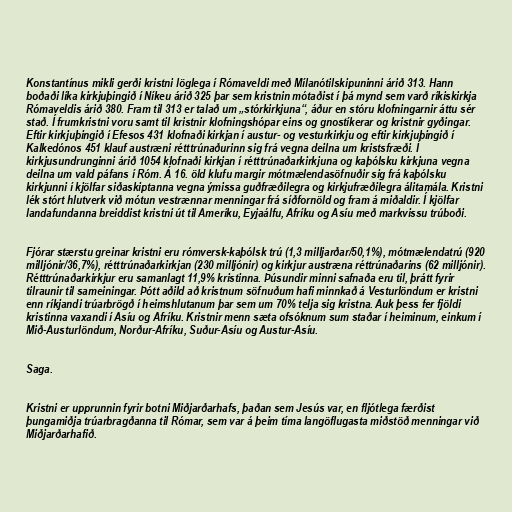
Konstantínus mikli gerði kristni löglega í Rómaveldi með Mílanótilskipuninni árið 313. Hann
boðaði líka kirkjuþingið í Níkeu árið 325 þar sem kristnin mótaðist í þá mynd sem varð ríkiskirkja
Rómaveldis árið 380. Fram til 313 er talað um „stórkirkjuna“, áður en stóru klofningarnir áttu sér
stað. Í frumkristni voru samt til kristnir klofningshópar eins og gnostíkerar og kristnir gyðingar.
Eftir kirkjuþingið í Efesos 431 klofnaði kirkjan í austur- og vesturkirkju og eftir kirkjuþingið í
Kalkedónos 451 klauf austræni rétttrúnaðurinn sig frá vegna deilna um kristsfræði. Í
kirkjusundrunginni árið 1054 klofnaði kirkjan í rétttrúnaðarkirkjuna og kaþólsku kirkjuna vegna
deilna um vald páfans í Róm. Á 16. öld klufu margir mótmælendasöfnuðir sig frá kaþólsku
kirkjunni í kjölfar siðaskiptanna vegna ýmissa guðfræðilegra og kirkjufræðilegra álitamála. Kristni
lék stórt hlutverk við mótun vestrænnar menningar frá síðfornöld og fram á miðaldir. Í kjölfar
landafundanna breiddist kristni út til Ameríku, Eyjaálfu, Afríku og Asíu með markvissu trúboði.

Fjórar stærstu greinar kristni eru rómversk-kaþólsk trú (1,3 milljarðar/50,1%), mótmælendatrú (920
milljónir/36,7%), rétttrúnaðarkirkjan (230 milljónir) og kirkjur austræna réttrúnaðarins (62 milljónir).
Rétttrúnaðarkirkjur eru samanlagt 11,9% kristinna. Þúsundir minni safnaða eru til, þrátt fyrir
tilraunir til sameiningar. Þótt aðild að kristnum söfnuðum hafi minnkað á Vesturlöndum er kristni
enn ríkjandi trúarbrögð í heimshlutanum þar sem um 70% telja sig kristna. Auk þess fer fjöldi
kristinna vaxandi í Asíu og Afríku. Kristnir menn sæta ofsóknum sum staðar í heiminum, einkum í
Mið-Austurlöndum, Norður-Afríku, Suður-Asíu og Austur-Asíu.

Saga.

Kristni er upprunnin fyrir botni Miðjarðarhafs, þaðan sem Jesús var, en fljótlega færðist
þungamiðja trúarbragðanna til Rómar, sem var á þeim tíma langöflugasta miðstöð menningar við
Miðjarðarhafið.